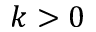
k > 0